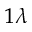
_ { 1 \lambda }